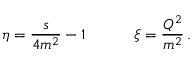
\eta = \frac { s } { 4 m ^ { 2 } } - 1 \quad \qquad \xi = \frac { Q ^ { 2 } } { m ^ { 2 } } \, .